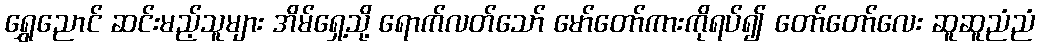
ရွှေညောင် ဆင်းမည့်သူများ အိမ်ရှေ့သို့ ရောက်လတ်သော် မော်တော်ကားကိုရပ်၍ တော်တော်လေး ဆူဆူညံညံ